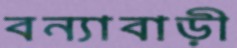
বন্যাবাড়ী